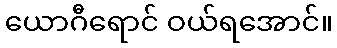
ယောဂီရောင် ဝယ်ရအောင်။